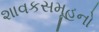
શાવકસમૂહનો